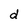
Character: d